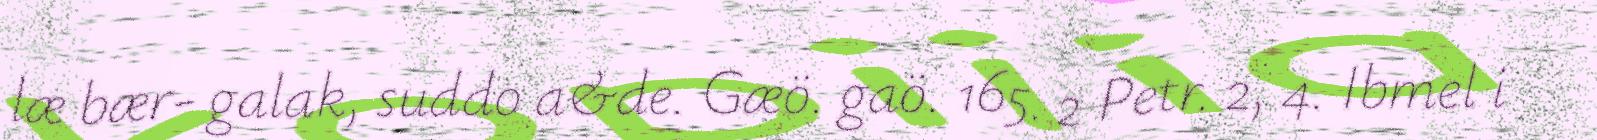
læ bær- galak, suddo a&de. Gæö. gaö. 165. 2 Petr. 2, 4. Ibmel i